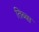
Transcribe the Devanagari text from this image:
तिब्बा